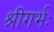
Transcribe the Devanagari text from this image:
श्रीगर्भः